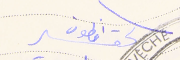
الحقير انطون